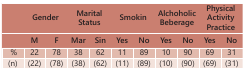
<table><thead><tr><td></td><td><b>Gender</b></td><td><b>Marital Status</b></td><td><b>Smokin</b></td><td><b>Alchoholic Beberage</b></td><td colspan="6"><b>Physical Activity Practice</b></td></tr><tr><td></td><td><b>M</b></td><td><b>F</b></td><td><b>Mar</b></td><td><b>Sin</b></td><td><b>Yes</b></td><td><b>No</b></td><td><b>Yes</b></td><td><b>No</b></td><td><b>Yes</b></td><td><b>No</b></td></tr></thead><tbody><tr><td> % </td><td>22</td><td>78</td><td>38</td><td>62</td><td>11</td><td>89</td><td>10</td><td>90</td><td>69</td><td>31</td></tr><tr><td>(n)</td><td>(22)</td><td>(78)</td><td>(38)</td><td>(62)</td><td>(11)</td><td>(89)</td><td>(10)</td><td>(90)</td><td>(69)</td><td>(31)</td></tr></tbody></table>